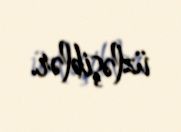
üzləşiblər.